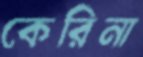
কেরিনা